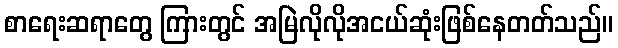
စာရေးဆရာတွေ ကြားတွင် အမြဲလိုလိုအငယ်ဆုံးဖြစ်နေတတ်သည်။